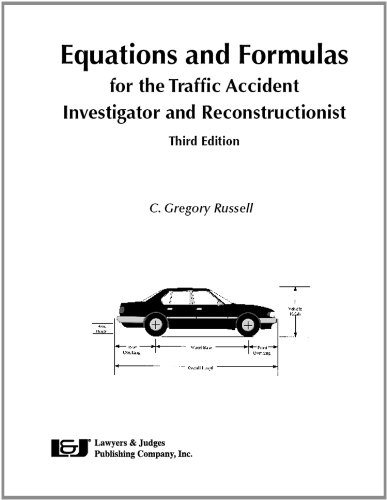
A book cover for Equations and Formulas for the Traffic Accident Investigator and Reconstructionist, Third Edition; C. Gregory Russell; Law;